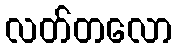
လတ်တလော